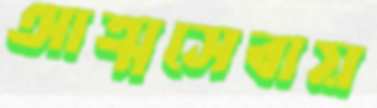
আত্মসেবায়